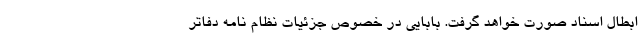
ابطال اسناد صورت خواهد گرفت. بابایی در خصوص جزئیات نظام نامه دفاتر